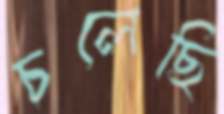
চলেছি